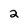
Character: 2